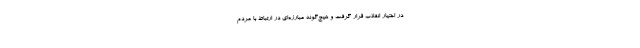
در اختیار انقلاب قرار گرفت و هیچ‌گونه مبارزه‌ای در ارتباط با مردم